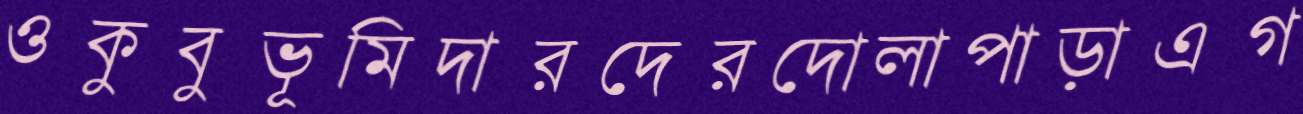
ওকুবুভূমিদারদেরদোলাপাড়াএগ